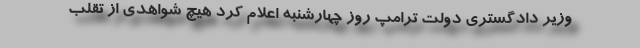
وزیر دادگستری دولت ترامپ روز چهارشنبه اعلام کرد هیچ شواهدی از تقلب